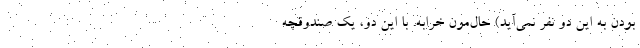
بودن به این دو نفر نمی‌آید) حال‌مون خرابه. با این دو، یک صندوقچه